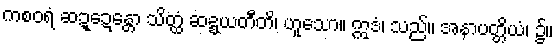
ကစဝရံ ဆဍ္ဍေန္တော သိတ္ထံ ဆဍ္ဍယတီတိ၊ ဟူသော။ ဣဒံ၊ သည်။ အနာပတ္တိယံ၊ ၌။